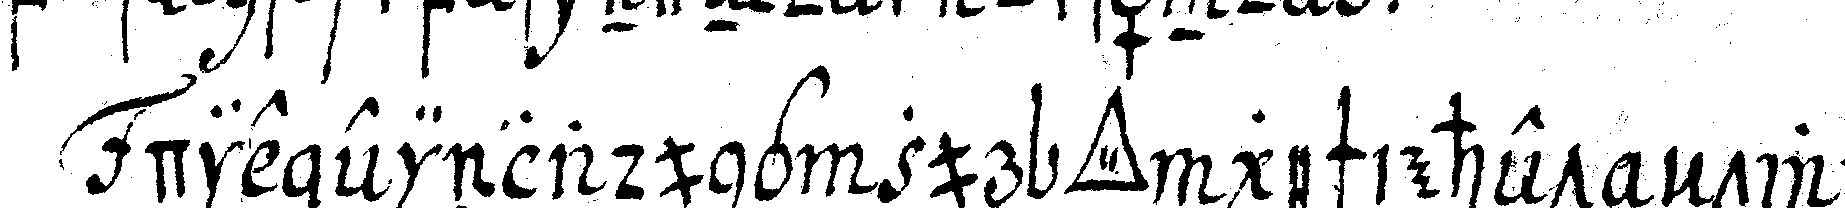
die einladung zur *tri..* geschiehet eNtwe